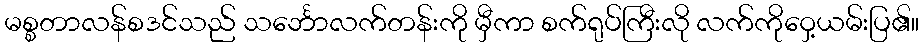
မစ္စတာလန်စဒင်သည် သင်္ဘောလက်တန်းကို မှီကာ စက်ရုပ်ကြီးလို လက်ကိုဝှေ့ယမ်းပြ၏။